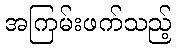
အကြမ်းဖက်သည့်